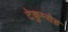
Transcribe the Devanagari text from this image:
टेकुम्सेह